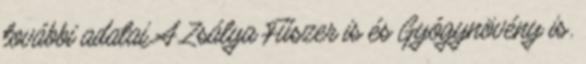
további adatai A Zsálya Fűszer is és Gyógynövény is.